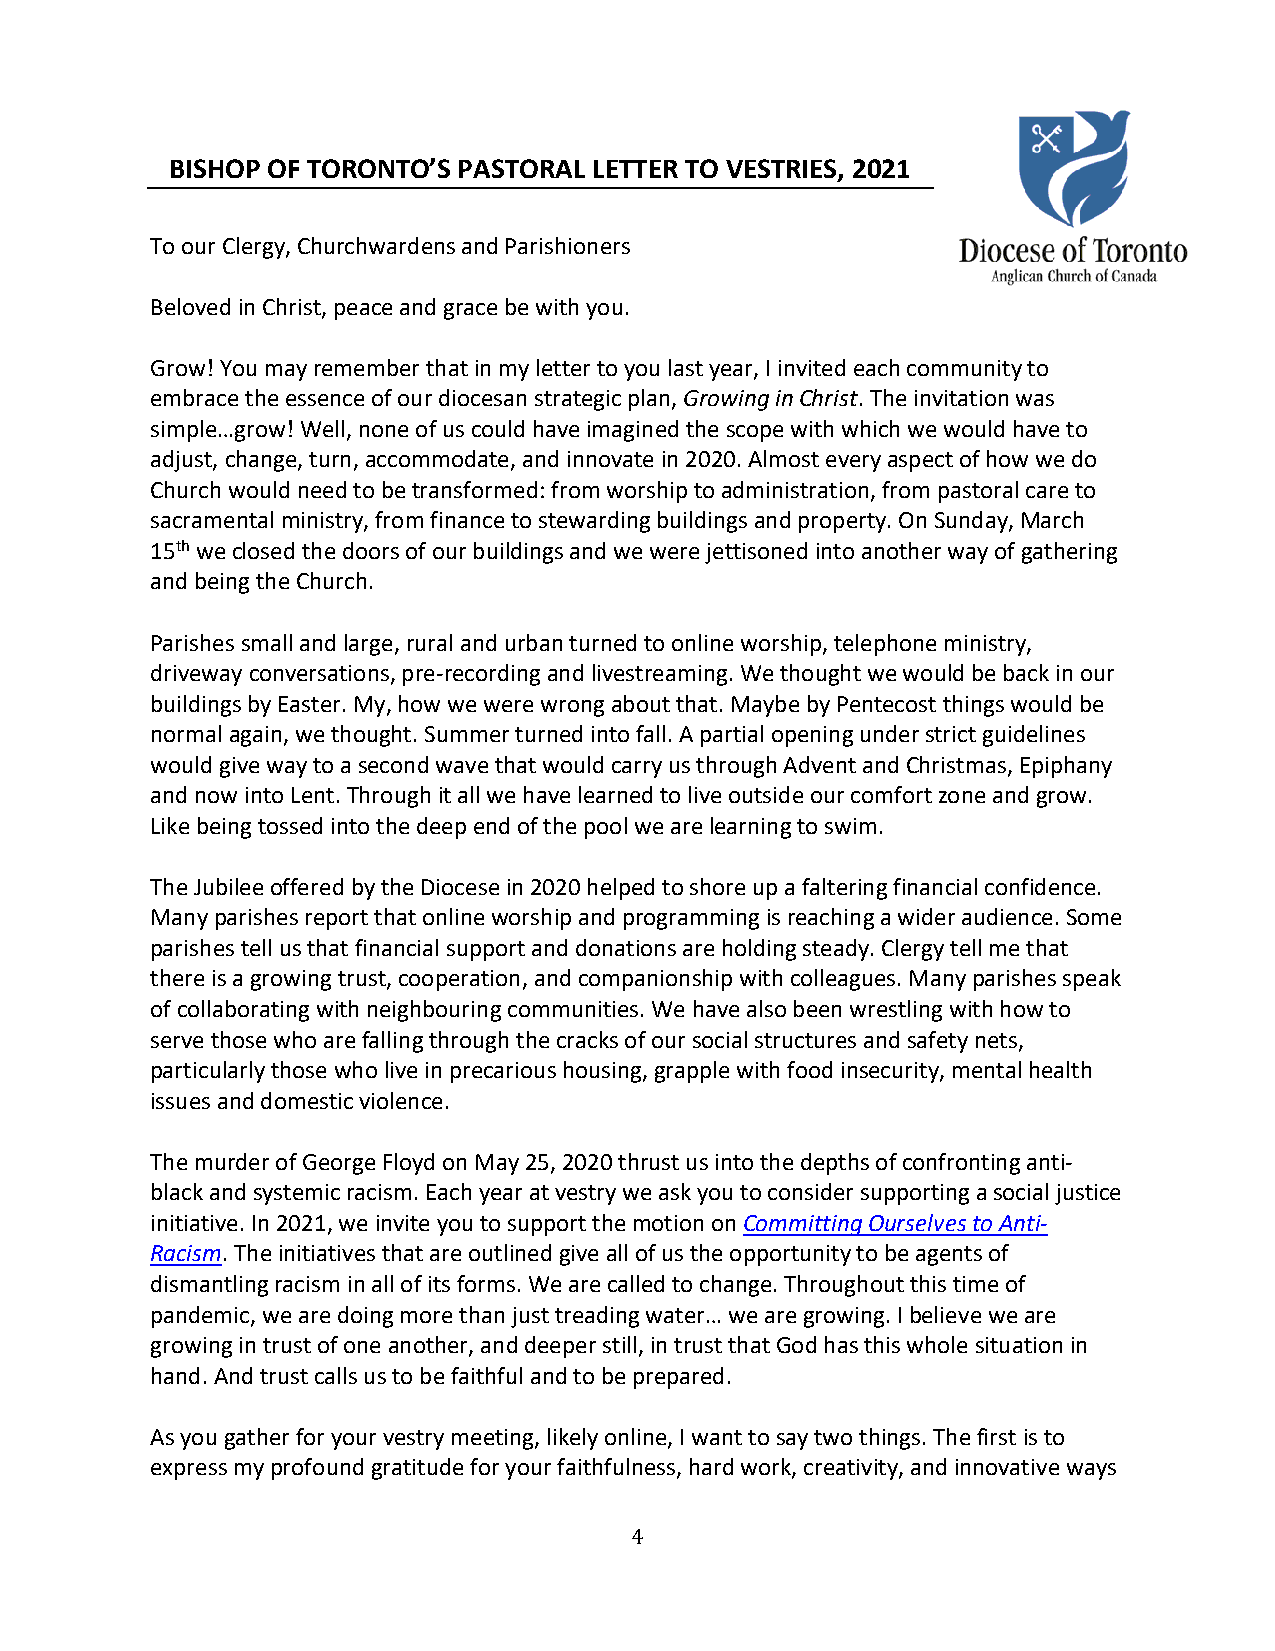
BISHOP OF TORONTO’S PASTORAL LETTER TO VESTRIES, 2021
 To our Clergy, Churchwardens and Parishioners
 Beloved in Christ, peace and grace be with you.
 Grow! You may remember that in my letter to you last year, I invited each community to
 embrace the essence of our diocesan strategic plan, Growing in Christ. The invitation was
 simple…grow! Well, none of us could have imagined the scope with which we would have to
 adjust, change, turn, accommodate, and innovate in 2020. Almost every aspect of how we do
 Church would need to be transformed: from worship to administration, from pastoral care to
 sacramental ministry, from finance to stewarding buildings and property. On Sunday, March
 15th we closed the doors of our buildings and we were jettisoned into another way of gathering
 and being the Church.
 Parishes small and large, rural and urban turned to online worship, telephone ministry,
 driveway conversations, pre-recording and livestreaming. We thought we would be back in our
 buildings by Easter. My, how we were wrong about that. Maybe by Pentecost things would be
 normal again, we thought. Summer turned into fall. A partial opening under strict guidelines
 would give way to a second wave that would carry us through Advent and Christmas, Epiphany
 and now into Lent. Through it all we have learned to live outside our comfort zone and grow.
 Like being tossed into the deep end of the pool we are learning to swim.
 The Jubilee offered by the Diocese in 2020 helped to shore up a faltering financial confidence.
 Many parishes report that online worship and programming is reaching a wider audience. Some
 parishes tell us that financial support and donations are holding steady. Clergy tell me that
 there is a growing trust, cooperation, and companionship with colleagues. Many parishes speak
 of collaborating with neighbouring communities. We have also been wrestling with how to
 serve those who are falling through the cracks of our social structures and safety nets,
 particularly those who live in precarious housing, grapple with food insecurity, mental health
 issues and domestic violence.
 The murder of George Floyd on May 25, 2020 thrust us into the depths of confronting anti-
 black and systemic racism. Each year at vestry we ask you to consider supporting a social justice
 initiative. In 2021, we invite you to support the motion on Committing Ourselves to Anti-
 Racism. The initiatives that are outlined give all of us the opportunity to be agents of
 dismantling racism in all of its forms. We are called to change. Throughout this time of
 pandemic, we are doing more than just treading water… we are growing. I believe we are
 growing in trust of one another, and deeper still, in trust that God has this whole situation in
 hand. And trust calls us to be faithful and to be prepared.
 As you gather for your vestry meeting, likely online, I want to say two things. The first is to
 express my profound gratitude for your faithfulness, hard work, creativity, and innovative ways
 4